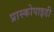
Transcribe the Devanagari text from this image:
प्रास्कोपाइडी